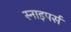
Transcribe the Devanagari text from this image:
स्नाइपर्स